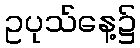
ဥပုသ်နေ့၌